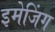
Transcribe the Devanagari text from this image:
इमेजिंग